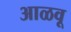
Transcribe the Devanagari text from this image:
आळवू